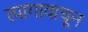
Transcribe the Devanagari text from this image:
त्यागावाचून